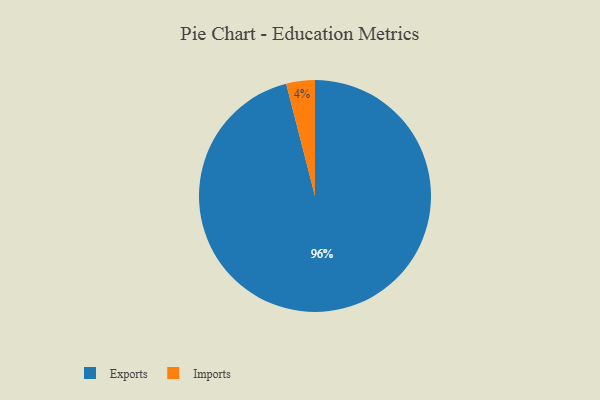
{"axis": {"x": "Category", "y": "Percentage"}, "legend": ["Exports", "Imports"], "data": [{"x": "Exports", "y": 96, "type": "Exports"}, {"x": "Imports", "y": 4, "type": "Imports"}]}